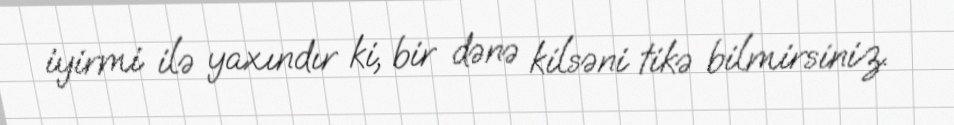
iyirmi ilə yaxındır ki, bir dənə kilsəni tikə bilmirsiniz.